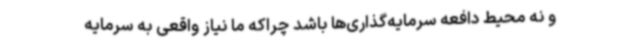
و نه محیط دافعه سرمایه‌گذاری‌ها باشد چراکه ما نیاز واقعی به سرمایه